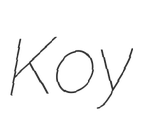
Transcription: Koy